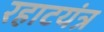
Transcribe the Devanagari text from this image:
रहाटयंत्र